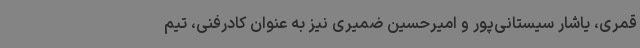
قمری، یاشار سیستانی‌پور و امیرحسین ضمیری نیز به عنوان کادرفنی، تیم